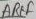
Text: AREF